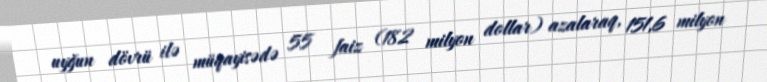
uyğun dövrü ilə müqayisədə 55 faiz (182 milyon dollar) azalaraq, 151,6 milyon